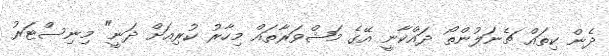
ދެން ކިތައް ޗެނަލުންތޯ ދައްކާނީ އޭގެ މަޝްވަރާތައް މިހާރު ކުރިއަށް ދަނީ" މިނިސްޓަރު